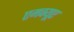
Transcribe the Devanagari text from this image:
एमक्यूए